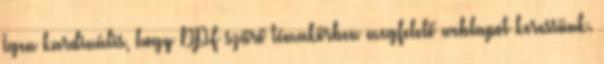
Igen kardinális, hogy DPF szűrő témakörben megfelelő weblapot keressünk.